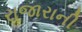
રાજારાની